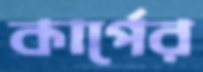
কার্পের